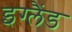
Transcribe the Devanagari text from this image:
इग्‍लैंड